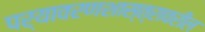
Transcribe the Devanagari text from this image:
पर्यावरणशास्त्रावरील